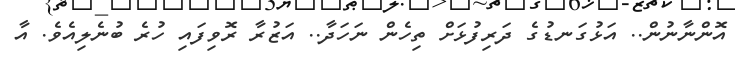
އޮންނާނުން.. އަޅުގަނޑުގެ ދަރިފުޅަށް ތިހެން ނަހަދާ.. އަޒުރާ ރޮވިފައި ހުރެ ބުނެލިއެވެ. އާ